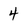
Character: 4